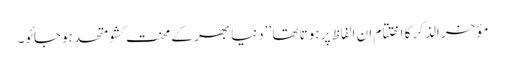
مؤخر الذکر کا اختتام ان الفاظ پر ہوتا تھا ’’دنیا بھر کے محنت کشو متحد ہوجائو۔